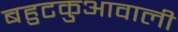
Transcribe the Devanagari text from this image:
बहुटकुआवाली